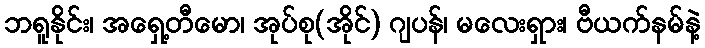
ဘရူနိုင်း၊ အရှေ့တီမော၊ အုပ်စု(အိုင်) ဂျပန်၊ မလေးရှား၊ ဗီယက်နမ်နဲ့